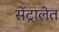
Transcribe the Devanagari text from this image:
सेंट्रालेत